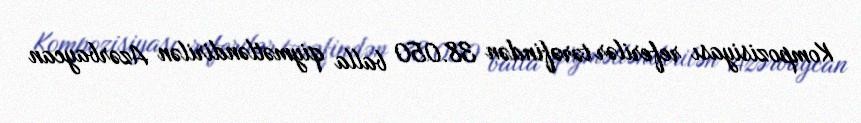
Kompozisiyası referilər tərəfindən 38.050 balla qiymətləndirilən Azərbaycan